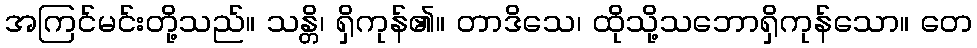
အကြင်မင်းတို့သည်။ သန္တိ၊ ရှိကုန်၏။ တာဒိသေ၊ ထိုသို့သဘောရှိကုန်သော။ တေ